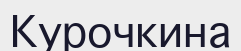
Курочкина